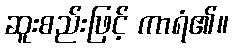
ဆူးစည်းဖြင့် ကာရံ၏။